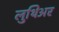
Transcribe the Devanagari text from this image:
लुथिअर